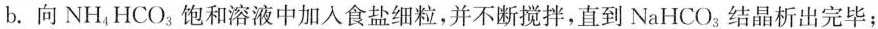
b.向NH_{4}HCO_{3}饱和溶液中加入食盐细粒，并不断搅拌，直到NaHCO_{3}结晶析出完毕；